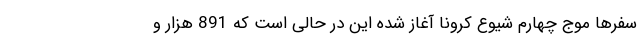
سفرها موج چهارم شیوع کرونا آغاز شده این در حالی است که 891 هزار و